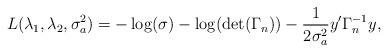
LaTeX: \begin{align*}L(\lambda_1, \lambda_2, \sigma_a^2)=-\log(\sigma)-\log(\det(\Gamma_n))-{1\over 2 \sigma_a^2} y^{\prime} \Gamma_n^{-1} y,\end{align*}